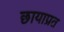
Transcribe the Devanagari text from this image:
छायाप्रत